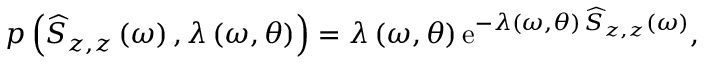
p \left( \widehat { S } _ { z , z } \left( \omega \right) , \lambda \left( \omega , \boldsymbol { \theta } \right) \right) = \lambda \left( \omega , \boldsymbol { \theta } \right) \mathrm { e } ^ { - \lambda \left( \omega , \boldsymbol { \theta } \right) \, \widehat { S } _ { z , z } \left( \omega \right) } ,